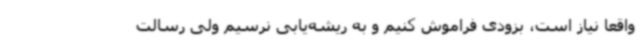
واقعا نیاز است، بزودی فراموش کنیم و به ریشه‌یابی نرسیم ولی رسالت